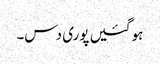
ہو گئیں پوری دس۔